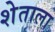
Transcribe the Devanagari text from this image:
शेताला